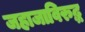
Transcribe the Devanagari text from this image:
जहाजाविरुद्ध